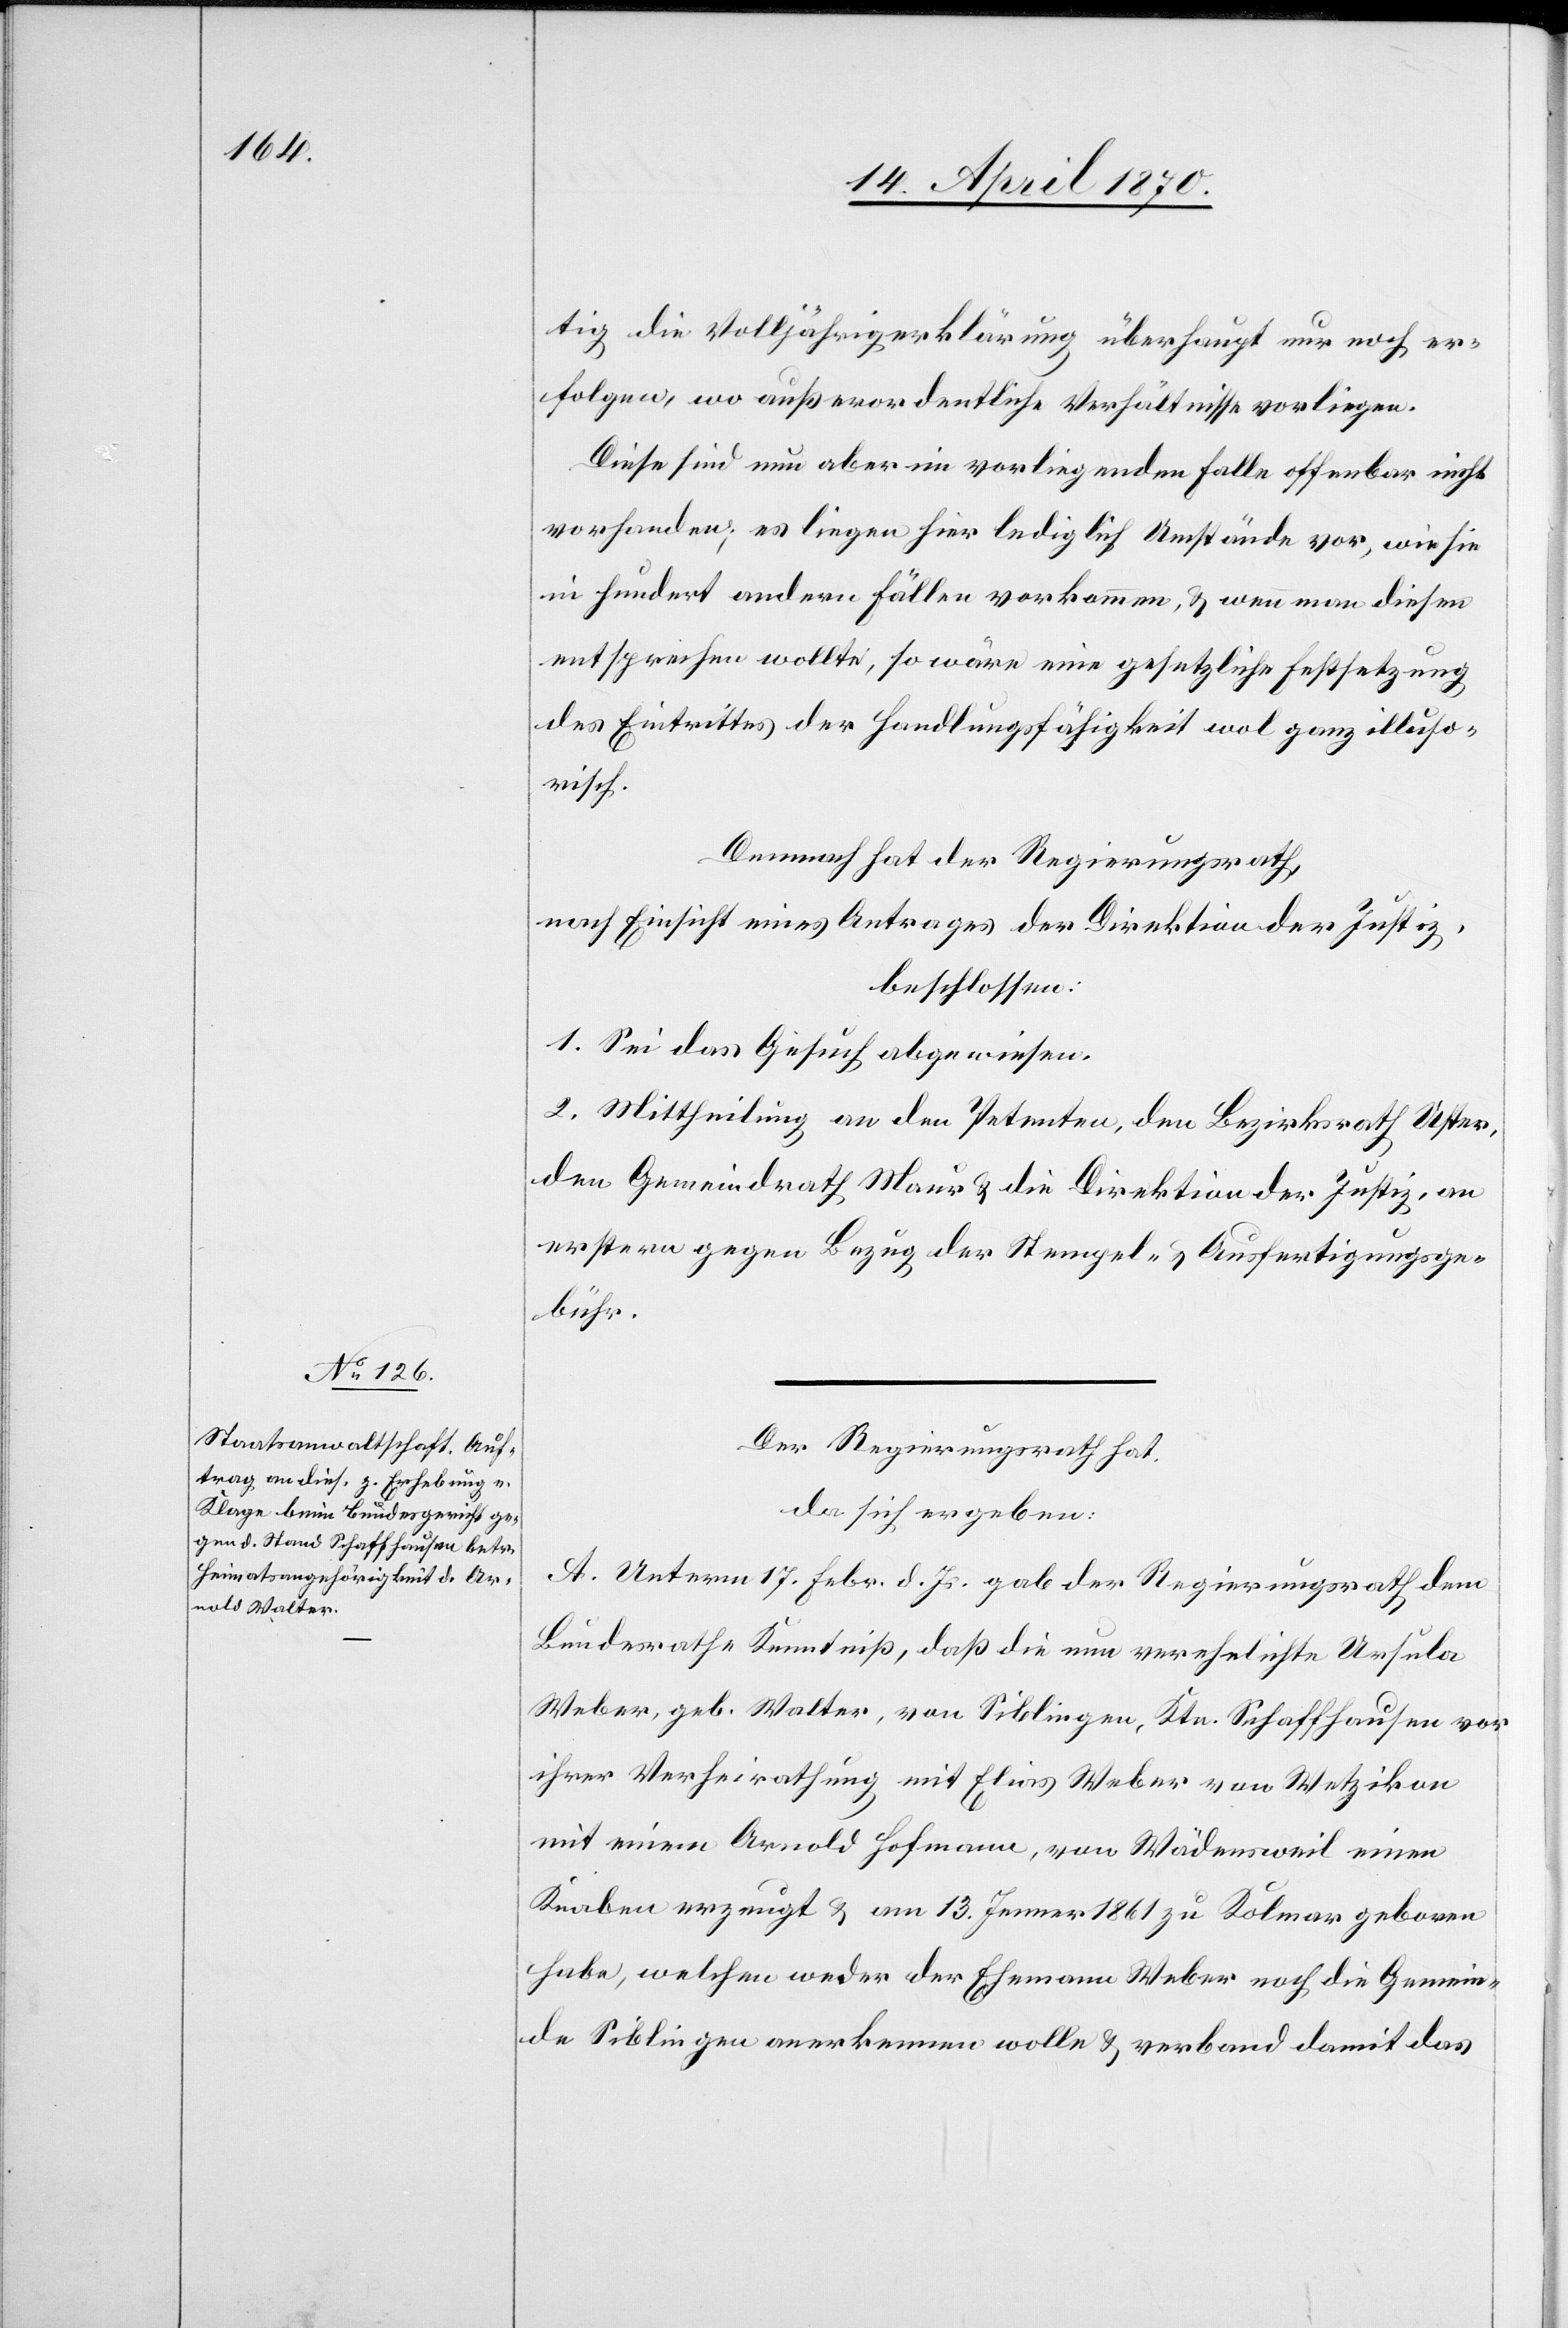
tig die Volljährigerklärung überhaupt nur noch er¬
folgen, wo außerordentliche Verhältnisse vorliegen.
Diese sind nun aber im vorliegenden Falle offenbar nicht
vorhanden; es liegen hier lediglich Umstände vor, wie sie
in hundert andern Fällen vorkommen, & wenn man diesen
entsprechen wollte, so wäre eine gesetzliche Festsetzung
des Eintrittes der Handlungsfähigkeit wol ganz illuso¬
risch.
Demnach hat der Regierungsrath,
nach Einsicht eines Antrages der Direktion der Justiz,
beschlossen:
1. Sei das Gesuch abgewiesen.
2. Mittheilung an den Petenten, den Bezirksrath Uster,
den Gemeindrath Maur & die Direktion der Justiz, an
erstere gegen Bezug der Stempel- & Ausfertigungsge¬
bühr.
Der Regierungsrath hat,
da sich ergeben:
A. Unterm 17. Febr. d. Js. gab der Regierungsrath dem
Bundesrathe Kenntniß, daß die nun verehelichte Ursula
Weber, geb. Walter, von Siblingen, Ktn. Schaffhausen vor
ihrer Verheirathung mit Elias Weber von Wetzikon
mit einem Arnold Hofmann, von Wädensweil einen
Knaben erzeugt & am 13. Jenner 1861 zu Kolmar geboren
habe, welchen weder der Ehemann Weber noch die Gemein¬
de Siblingen anerkennen wolle & verband damit das